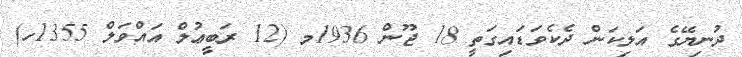
ދުނިޔޭގެ އަލިކަން ދެކެވަޑައިގަތީ 18 ޖޫން 1936މ (12 ރަބީޢުލް އައްވަލް 1355ހ)